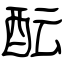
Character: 酝